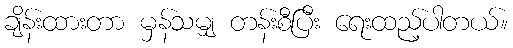
ချိန်းထားတာ မှန်သမျှ တန်းစီပြီး ရေးထည့်ပါတယ်။